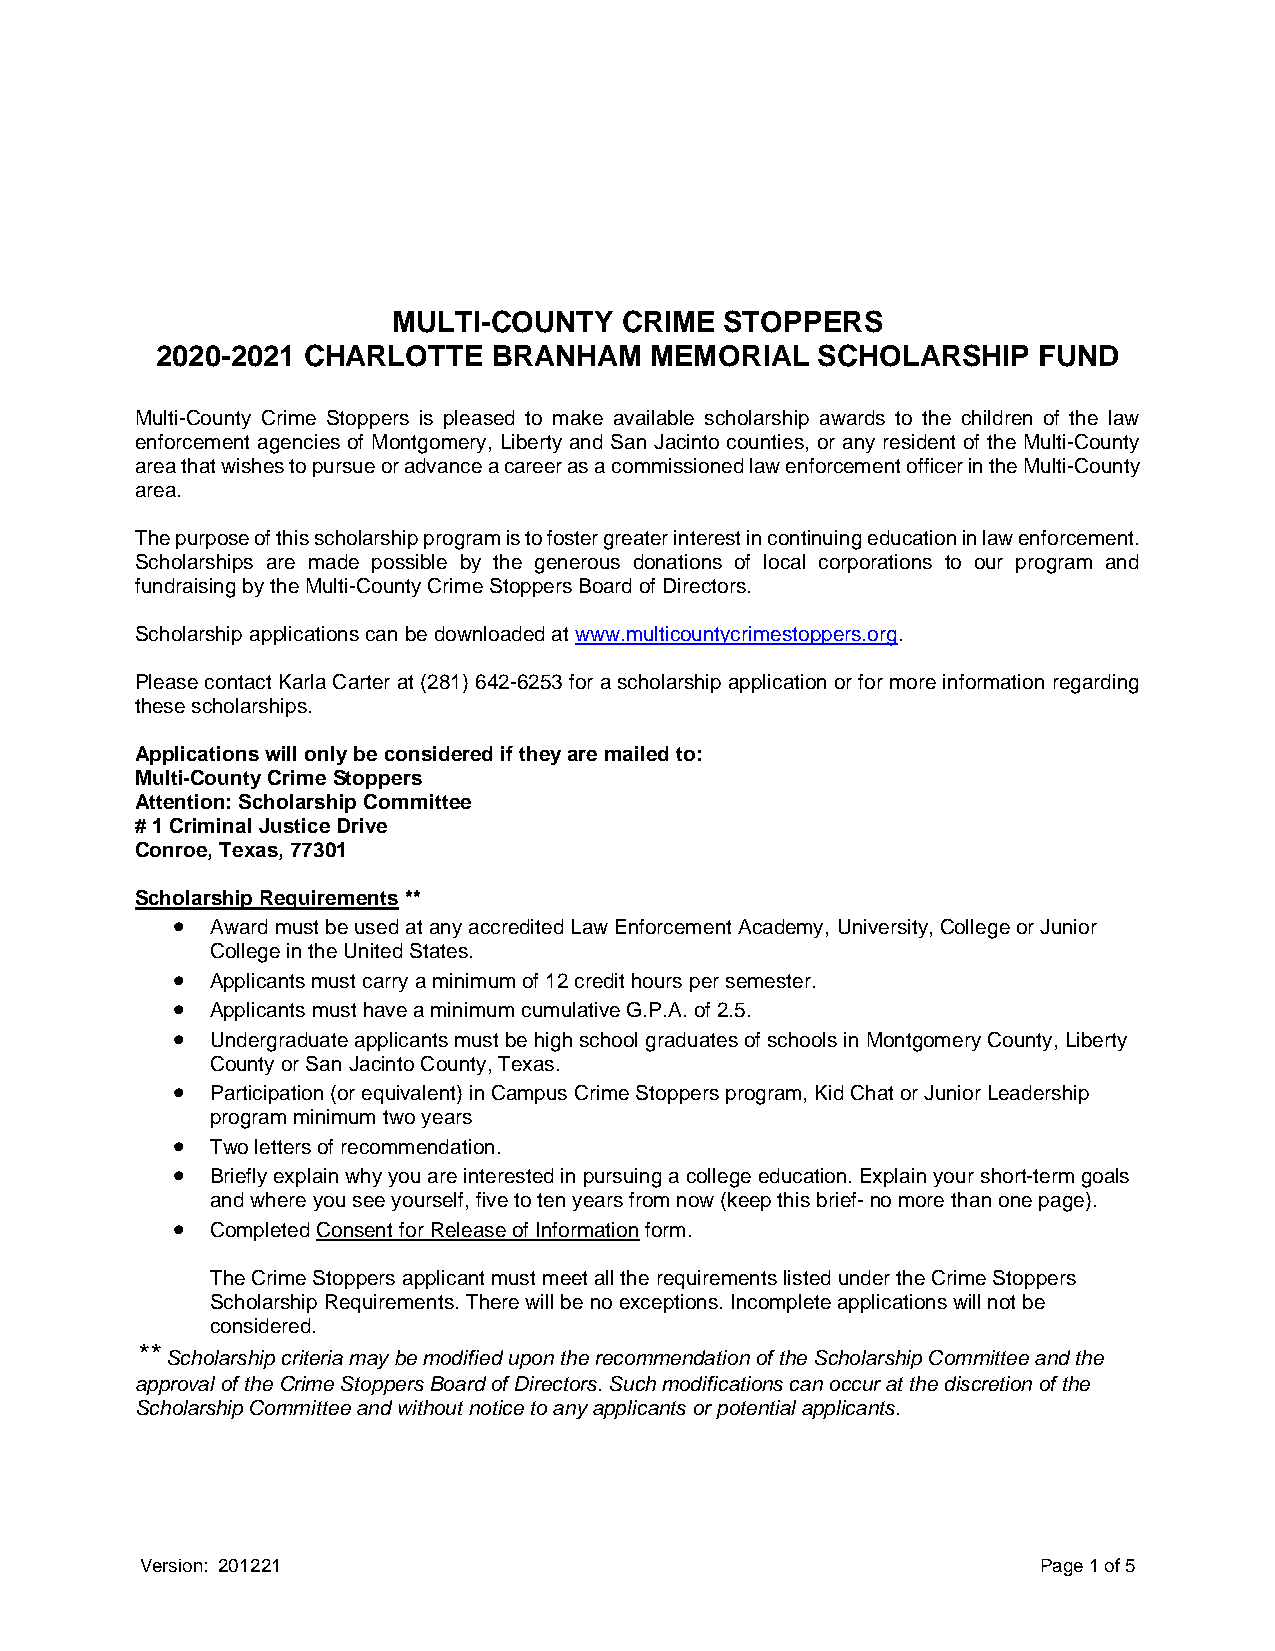
MULTI-COUNTY   CRIME  STOPPERS
 2020-2021 CHARLOTTE    BRANHAM   MEMORIAL   SCHOLARSHIP    FUND
 Multi-County Crime Stoppers is pleased to make available scholarship awards to the children of the law
 enforcement agencies of Montgomery, Liberty and San Jacinto counties, or any resident of the Multi-County
 area that wishes to pursue or advance a career as a commissioned law enforcement officer in the Multi-County
 area.
 The purpose of this scholarship program is to foster greater interest in continuing education in law enforcement.
 Scholarships are made possible by the generous donations of local corporations to our program and
 fundraising by the Multi-County Crime Stoppers Board of Directors.
 Scholarship applications can be downloaded at www.multicountycrimestoppers.org.
 Please contact Karla Carter at (281) 642-6253 for a scholarship application or for more information regarding
 these scholarships.
 Applications will only be considered if they are mailed to:
 Multi-County Crime Stoppers
 Attention: Scholarship Committee
 # 1 Criminal Justice Drive
 Conroe, Texas, 77301
 Scholarship Requirements **
 •  Award must be used at any accredited Law Enforcement Academy, University, College or Junior
 College in the United States.
 •  Applicants must carry a minimum of 12 credit hours per semester.
 •  Applicants must have a minimum cumulative G.P.A. of 2.5.
 •  Undergraduate applicants must be high school graduates of schools in Montgomery County, Liberty
 County or San Jacinto County, Texas.
 •  Participation (or equivalent) in Campus Crime Stoppers program, Kid Chat or Junior Leadership
 program minimum two years
 •  Two letters of recommendation.
 •  Briefly explain why you are interested in pursuing a college education. Explain your short-term goals
 and where you see yourself, five to ten years from now (keep this brief- no more than one page).
 •  Completed Consent for Release of Information form.
 The Crime Stoppers applicant must meet all the requirements listed under the Crime Stoppers
 Scholarship Requirements. There will be no exceptions. Incomplete applications will not be
 considered.
 ** Scholarship criteria may be modified upon the recommendation of the Scholarship Committee and the
 approval of the Crime Stoppers Board of Directors. Such modifications can occur at the discretion of the
 Scholarship Committee and without notice to any applicants or potential applicants.
 Version: 201221                                             Page 1 of 5